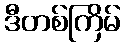
ဒီတစ်ကြိမ်